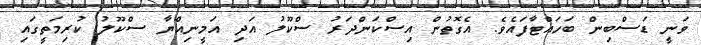
ވަނީ ޑަސްބިން ބަހައްޓާފައެވެ. އެގޮތުން އިސްކަންދަރު ސްކޫލު އަދި އަމީނިއްޔާ ސްކޫލު ކުރިމަތީގައި